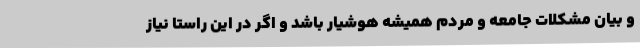
و بیان مشکلات جامعه و مردم همیشه هوشیار باشد و اگر در این راستا نیاز